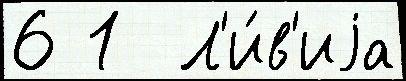
6 1  Л'и́в'иjа